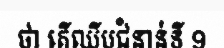
ថា តើឈីបជំនាន់ទី 9